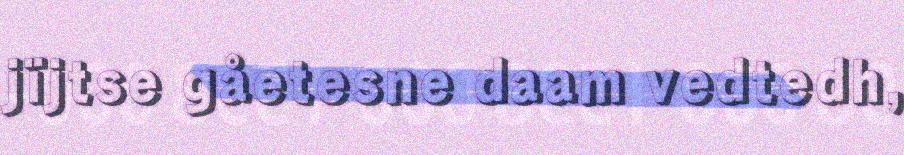
jïjtse gåetesne daam vedtedh,